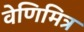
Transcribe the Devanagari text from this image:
वेणिमित्र